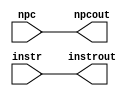
//Name: Phillip Pascual
//CSE-401
//Winter 2019
//Lab 1
//Description: Instruction fetch latch.  Takes in instruction and new pc.
//Synchronizes and outputs instrout and npcout.

module if_id(
    input wire [31:0] instr,
                      npc,
    output reg [31:0] instrout,
                      npcout);

    initial begin
        instrout <= 'h0;
        npcout <= 'h0;
    end

    always @* begin
        #1;
        instrout <= instr;
        npcout <= npc;
    end
endmodule